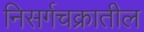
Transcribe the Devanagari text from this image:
निसर्गचक्रातील